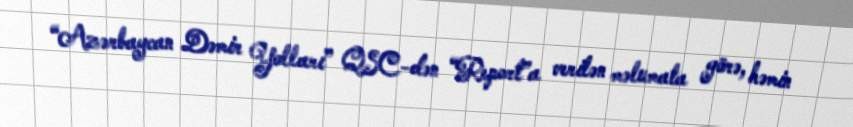
“Azərbaycan Dəmir Yolları” QSC-dən “Report”a verilən məlumata görə, həmin